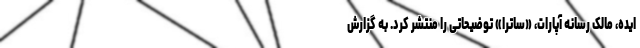
ایده، مالک رسانه آپارات، «ساترا» توضیحاتی را منتشر کرد. به گزارش